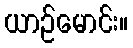
ယာဉ်မောင်း။